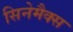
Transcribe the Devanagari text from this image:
सिनेमैक्स